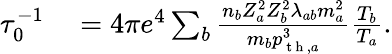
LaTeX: \begin{array}{rl}{\tau_{0}^{-1}}&{{}=4\pi e^{4}\sum_{b}\frac{n_{b}Z_{a}^{2}Z_{b}^{2}\lambda_{ab}m_{a}^{2}}{m_{b}p_{\mathrm{~t~h~},a}^{3}}\frac{T_{b}}{T_{a}}.}\end{array}